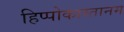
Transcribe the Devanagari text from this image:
हिप्पोकास्तानम